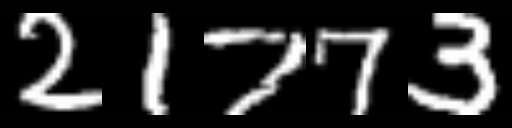
Text: 21773